38_143685_box_Incident_Summaries_101-172
Agency: Department of War
Page 35
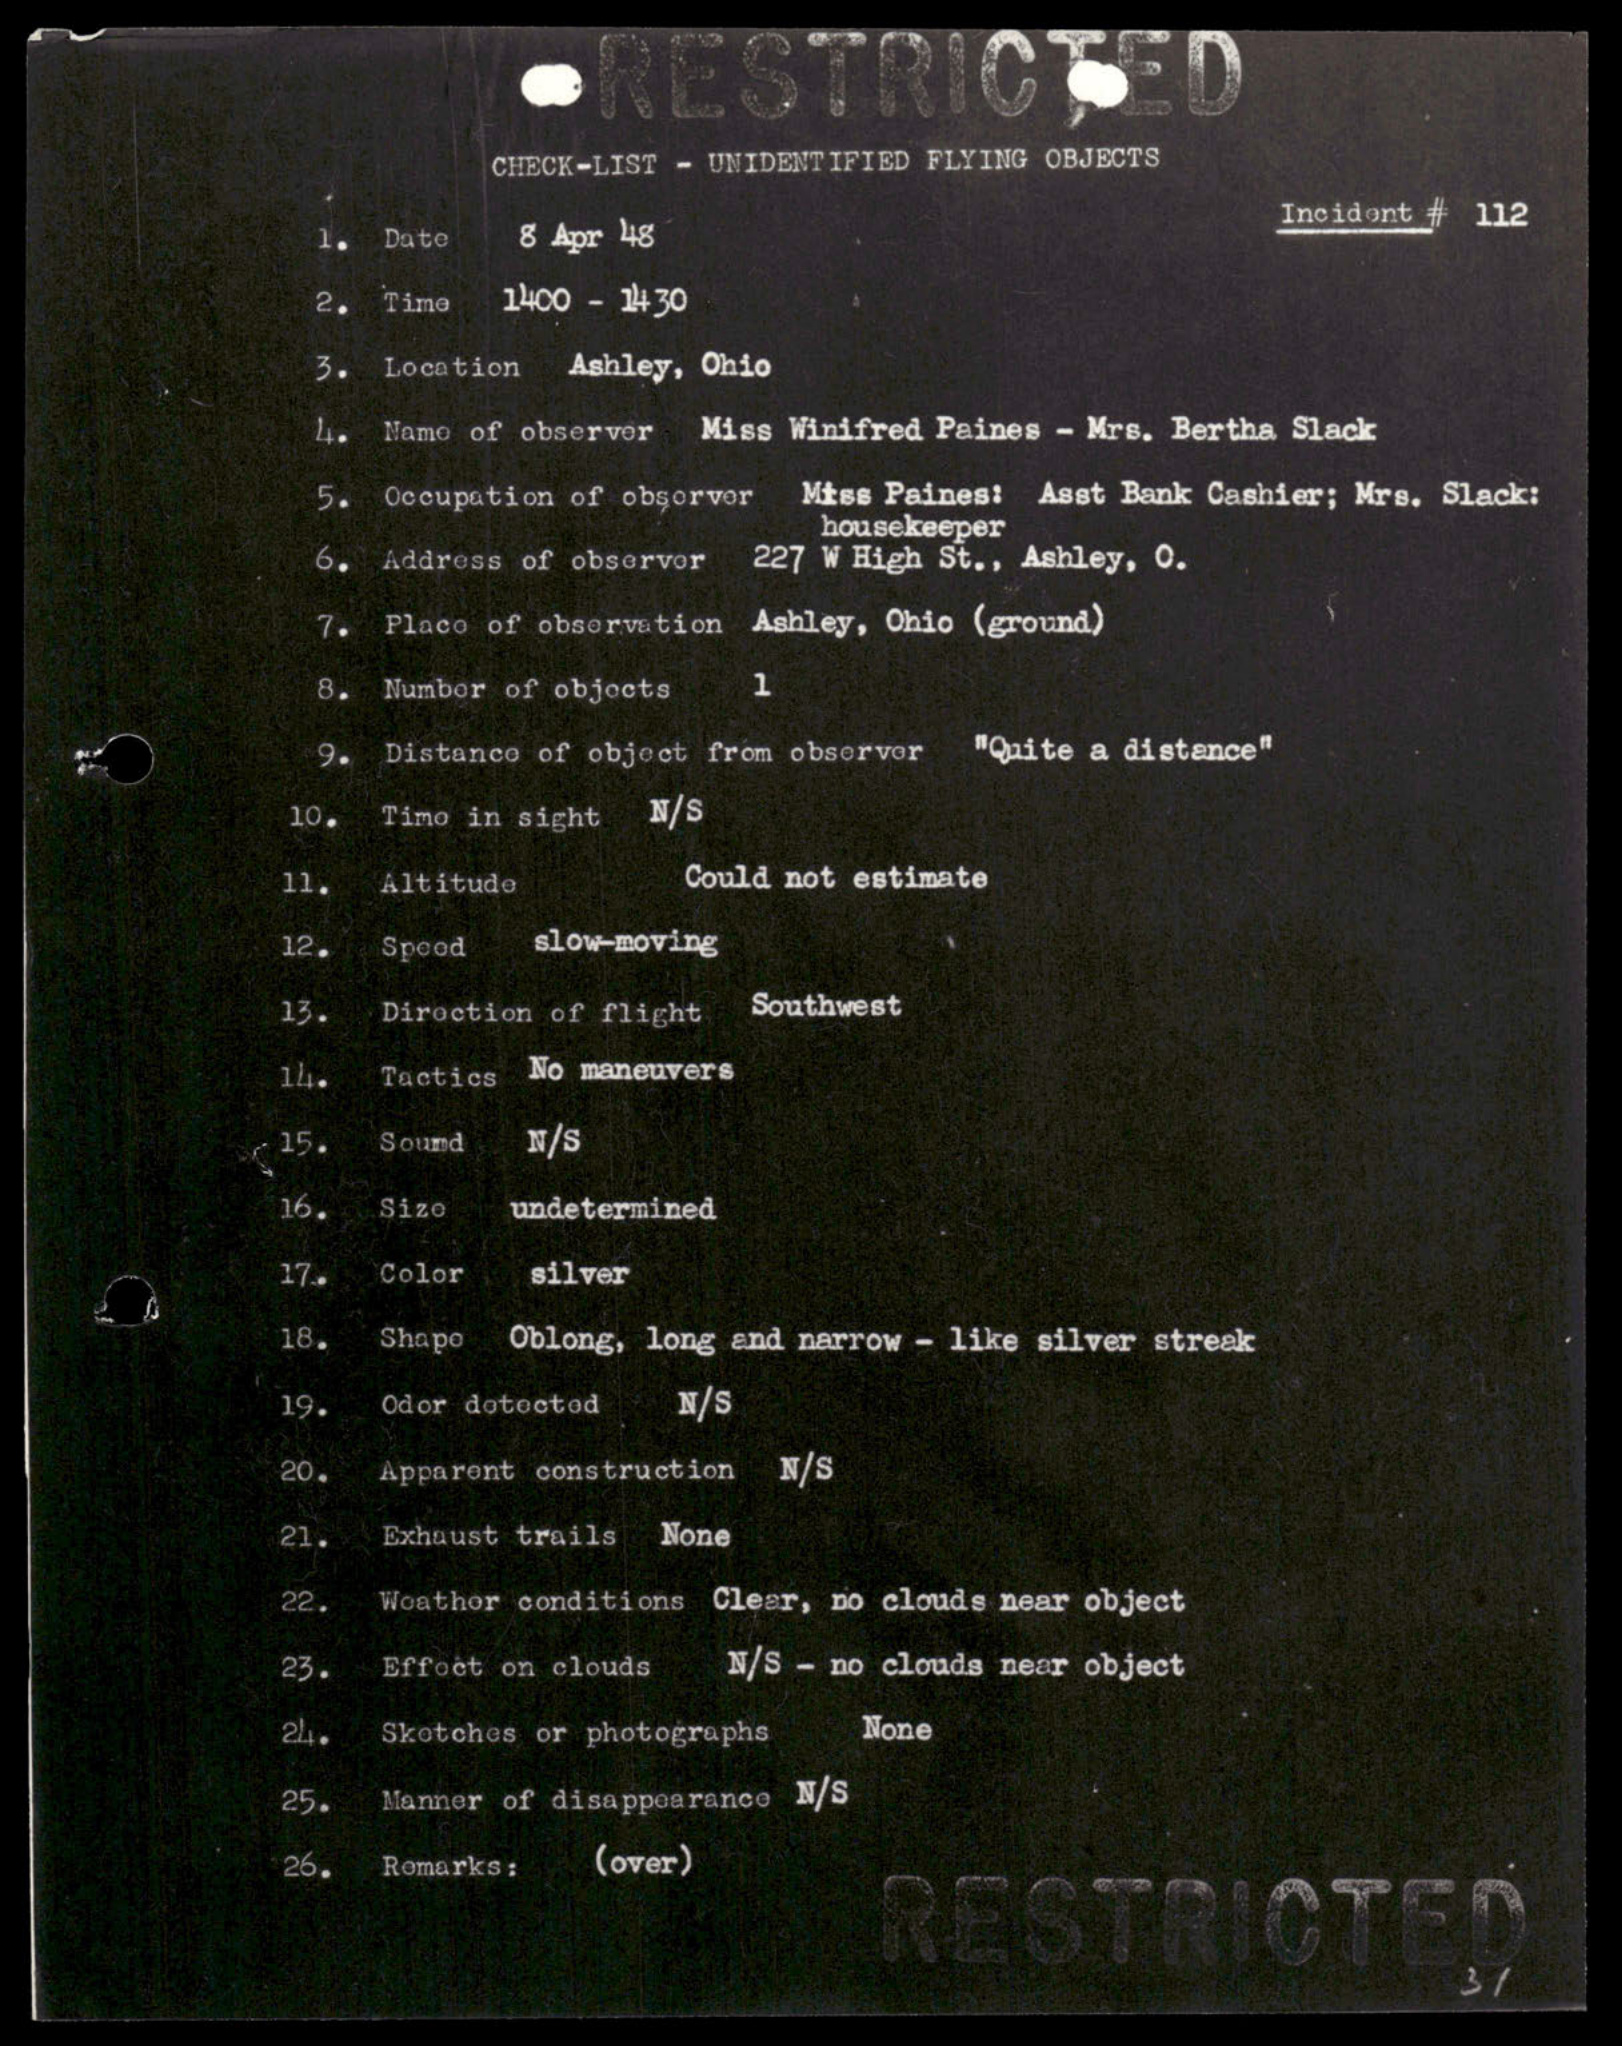